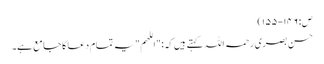
ص: ١٤٦-١٥٥)
حسن بصری رحمہ اللہ کہتے ہیں کہ: "اللھم" یہ تمام دعا کا جامع ہے۔